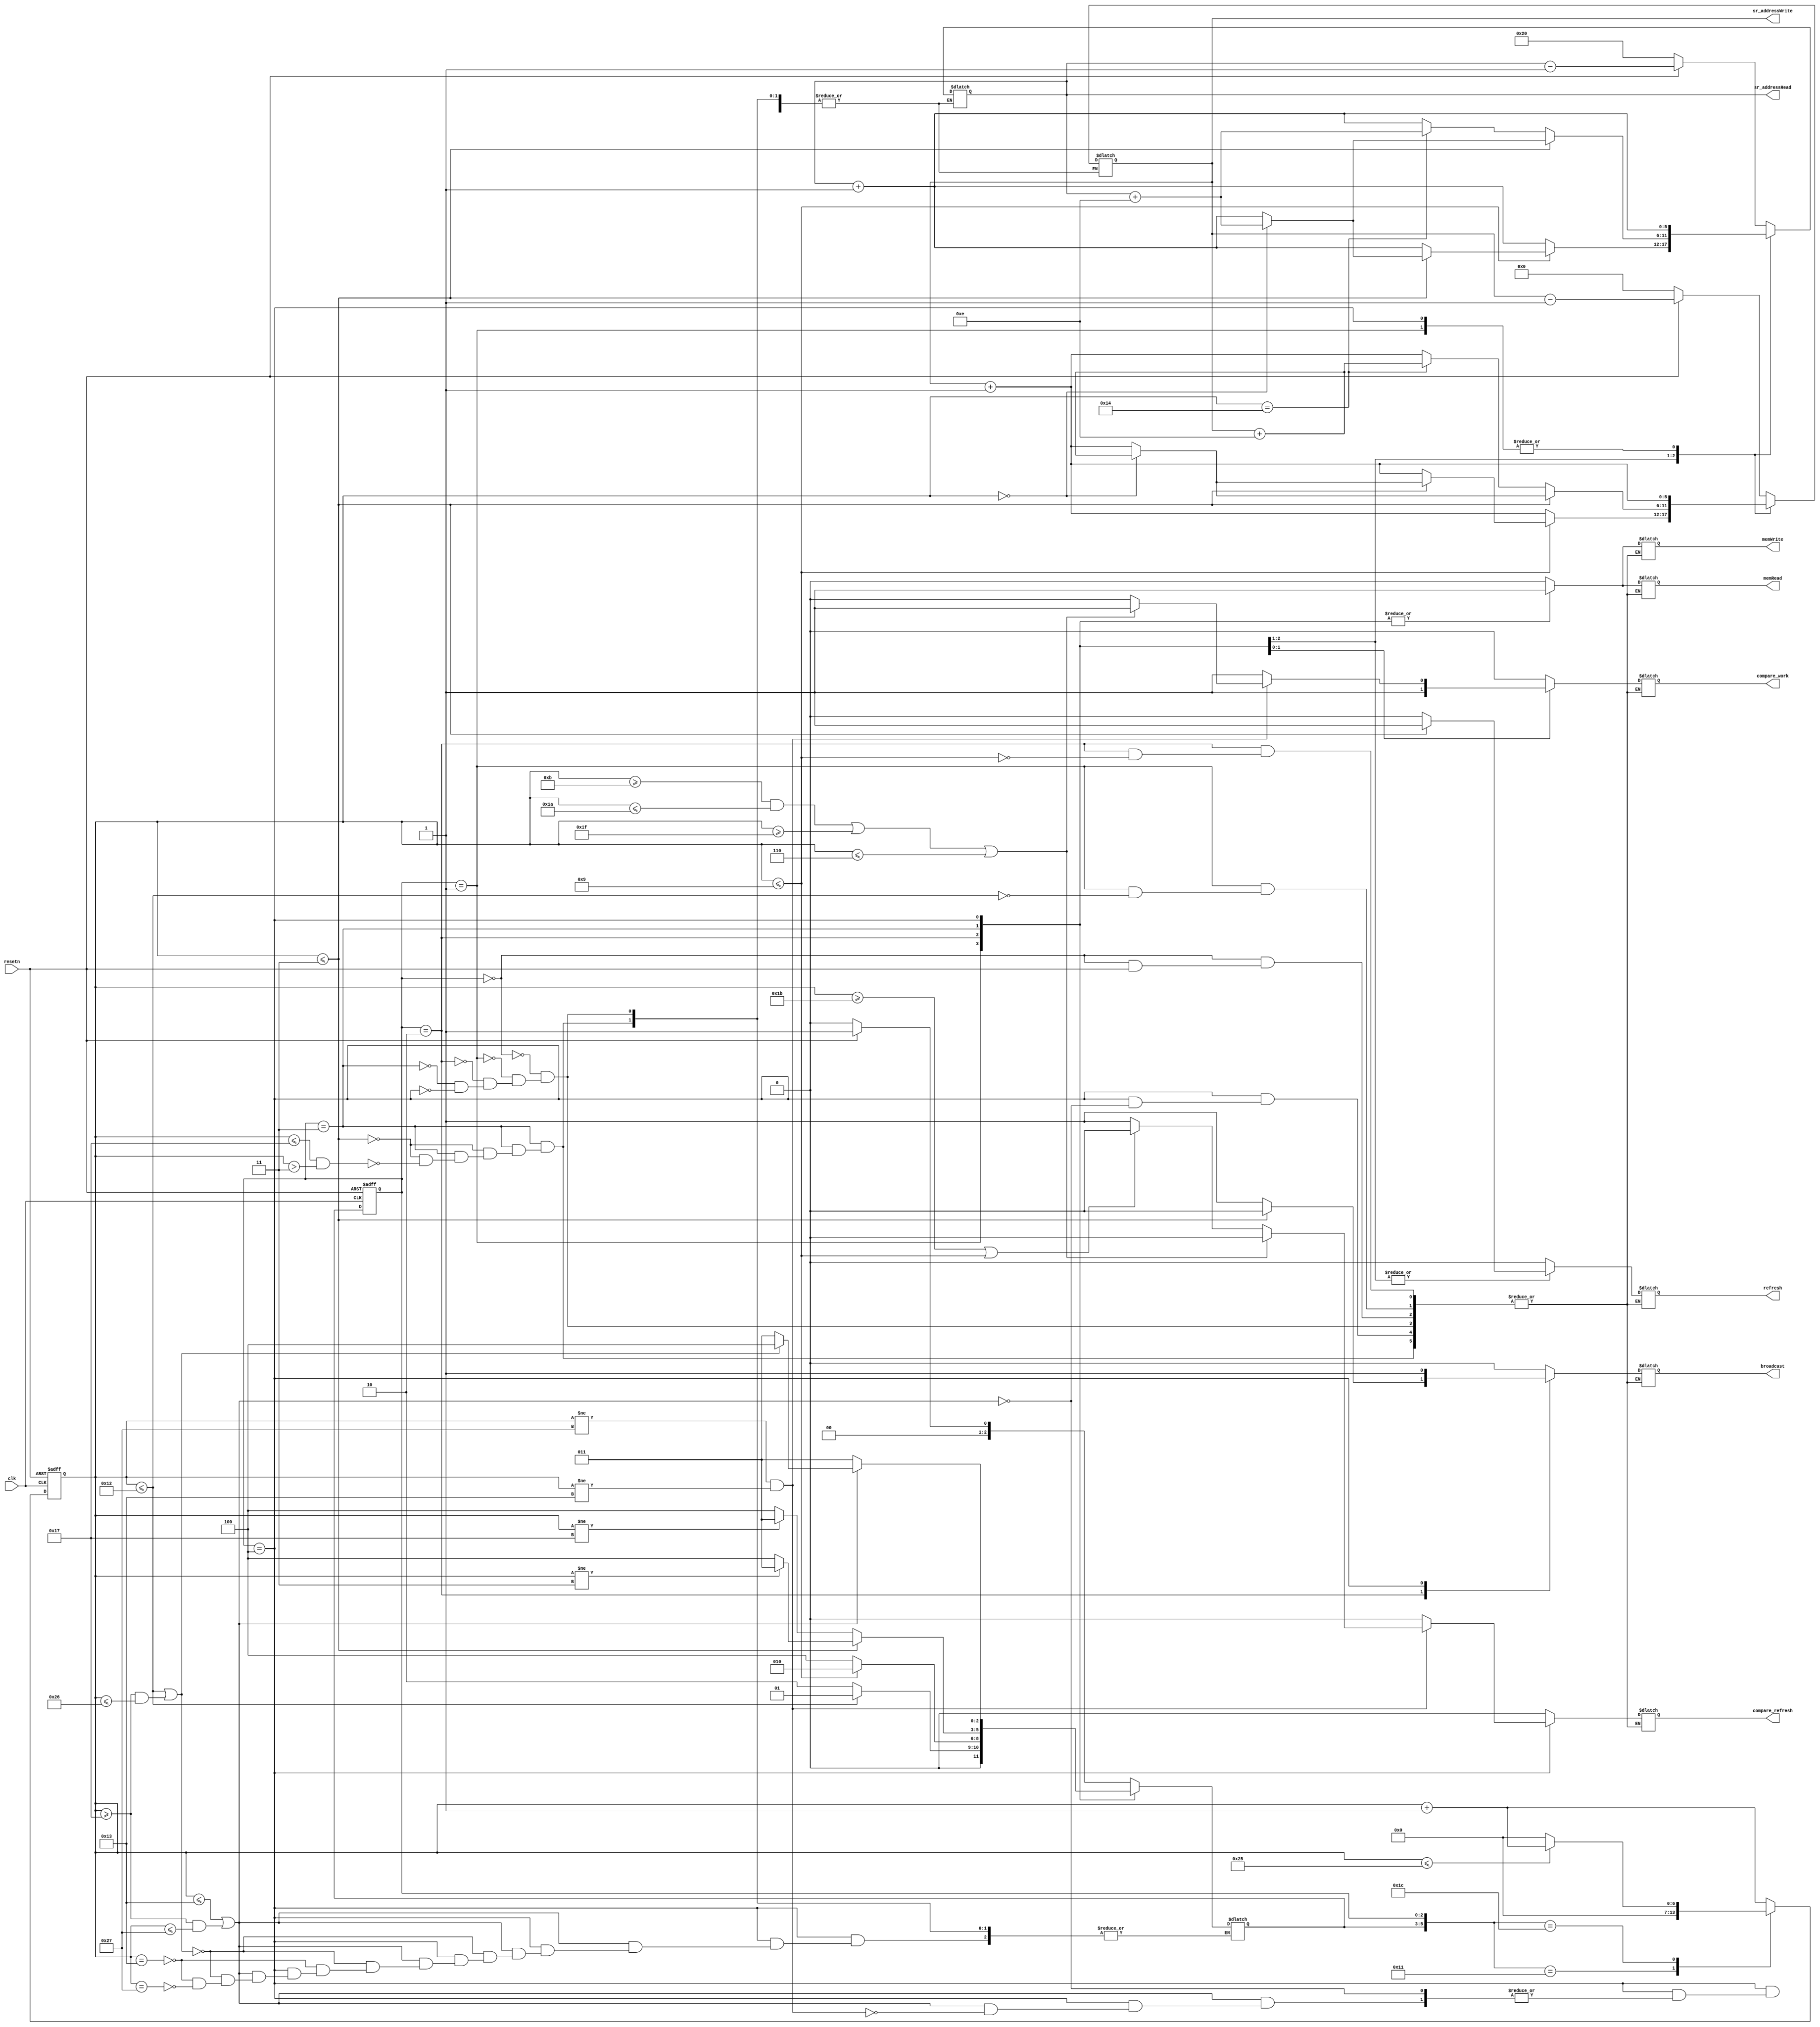
module CTR(resetn,clk,broadcast,memRead,memWrite,refresh,sr_addressRead,sr_addressWrite,compare_work,compare_refresh);
  input clk;
  input resetn;
  
  output broadcast;
  output compare_work;
  output compare_refresh;
  output memRead;
  output memWrite;
  output refresh;
  output [5:0]sr_addressRead;
  output [5:0]sr_addressWrite;
  
  reg broadcast;
  reg compare_work;
  reg compare_refresh;
  reg memRead;
  reg memWrite;
  reg refresh;
  reg [5:0]sr_addressRead;
  reg [5:0]sr_addressWrite;
  
  reg[6:0]counter;
  reg[2:0]state;
  reg[2:0]next_state;
 // reg flag;
  
  parameter S0 = 3'b000;
  parameter S1 = 3'b001;
  parameter S2 = 3'b010;
  parameter S3 = 3'b011;
  parameter S4 = 3'b100;
  
  always @(posedge clk or negedge resetn)
  begin
    if(!resetn)
      begin
        state <= 3'b000;
        counter <= -1;
      end
    else
      begin
        state <= next_state;
        case({next_state,state})
          6'b010001 : counter <= 0;
          6'b011100 : if (counter <=37)
                        counter <= counter + 1;
                      else
                        counter <= 0;
          default : counter <= counter + 1;
        endcase
         
      end
  end
  
  always @(counter or state)
  begin
    case(state)
      3'b000: if(!resetn)
                begin
                  broadcast = 1'b0;
                  compare_work = 1'b0;
                  memRead = 1'b0;
                  memWrite = 1'b0;
                  refresh = 1'b0;
                  compare_refresh = 1'b0;
                  sr_addressWrite = 6'b000000;
                  sr_addressRead = 6'b100000;
                  next_state = S0;
                 // flag = 1'b0;
                end
              else
                begin
                  next_state = S1;
                  sr_addressWrite = sr_addressWrite-1;
                  sr_addressRead = sr_addressRead-1;
                end
      3'b001: if(counter <= 18)
                begin
                  broadcast = 1'b0;
                  compare_work = 1'b0;
                  memRead = 1'b1;
                  memWrite = 1'b1;
                  refresh = 1'b0;
                  compare_refresh = 1'b0;
                  sr_addressWrite = sr_addressWrite+1;
                  sr_addressRead = sr_addressRead+1;
                  next_state = S1;
                end
              else
                begin
                  sr_addressWrite = sr_addressWrite+1;
                  sr_addressRead = sr_addressRead+1;
                  next_state = S2;
                end
      3'b010: if(counter <= 9)
                begin
                  if(counter <= 3)
                    begin
                      compare_work = 1'b0;
                      compare_refresh = 1'b0;
                      broadcast = 1'b0;
                      refresh = 1'b1;
                      memRead = 1'b1;
                      memWrite = 1'b1;
                      if(counter == 0)
                        begin
                          sr_addressWrite = sr_addressWrite+14;
                          sr_addressRead = sr_addressRead+14;
                        end
                      else
                        begin
                          sr_addressWrite = sr_addressWrite+1;
                          sr_addressRead = sr_addressRead+1;
                        end
                        
                    end
                  else
                    begin
                      broadcast = 1'b1;
                      refresh = 1'b0;
                      memRead = 1'b1;
                      memWrite = 1'b1;
                      compare_work = 1'b0;
                      compare_refresh = 1'b0;
                      sr_addressWrite = sr_addressWrite+1;
                      sr_addressRead = sr_addressRead+1;
                    end
                  next_state = S2;
                end
              else
                begin
                  sr_addressWrite = sr_addressWrite+1;
                  sr_addressRead = sr_addressRead+1;
                  //flag = 1'b1;
                  next_state = S4;
                end  
                
      3'b011: if(counter <= 3)
                begin
                  compare_work = 1'b1;
                  compare_refresh = 1'b0;
                  broadcast = 1'b0;
                  refresh = 1'b1;
                  memRead = 1'b1;
                  memWrite = 1'b1;
                  if(counter == 0)
                    begin
                      //sr_addressWrite = sr_addressWrite;
                      //sr_addressRead = sr_addressRead;
                      //memRead = 1'b0;
                      //memWrite = 1'b0;
                      sr_addressWrite = sr_addressWrite+14;
                      sr_addressRead = sr_addressRead+14;
                    end
                  else
                    begin
                      //sr_addressWrite = sr_addressWrite+1;
                      //sr_addressRead = sr_addressRead+1;
                      //memRead = 1'b1;
                      //memWrite = 1'b1;
                      sr_addressWrite = sr_addressWrite+1;
                      sr_addressRead = sr_addressRead+1;
                    end
                  if (counter != 3)
                    next_state = S3;
                  else
                    next_state = S4;
                end
              else if (counter <= 23 && counter > 3)
                begin
                  compare_work = 1'b1;
                  compare_refresh = 1'b0;
                  broadcast = 1'b0;
                  refresh = 1'b0;
                  memRead = 1'b1;
                  memWrite = 1'b1;
                  if(counter == 20)
                    begin
                      //sr_addressWrite = sr_addressWrite;
                      //sr_addressRead = sr_addressRead;
                      //memRead = 1'b0;
                      //memWrite = 1'b0;
                      sr_addressWrite = sr_addressWrite+14;
                      sr_addressRead = sr_addressRead+14;
                    end
                  else
                    begin
                      //sr_addressWrite = sr_addressWrite+1;
                      //sr_addressRead = sr_addressRead+1;
                      //memRead = 1'b1;
                      //memWrite = 1'b1;
                      sr_addressWrite = sr_addressWrite+1;
                      sr_addressRead = sr_addressRead+1;
                    end
                  if (counter != 23)
                    next_state = S3;
                  else
                    next_state = S4;
                end
      3'b100: if(counter <= 19 || (counter >= 23 && counter <= 39))
                begin
                  broadcast = 1'b1;
                  refresh = 1'b0;
                  if(counter != 39 && counter != 19)
                    begin
                   //if(flag)
                        //begin
                          /*if((counter>=9 && counter <= 29))
                            begin
                              compare_work = 1'b1;
                              compare_refresh = 1'b0;
                              //if(counter >= 13)
                                //flag = 0;
                            end
                          else
                            begin
                              compare_refresh = 1'b1;
                              compare_work = 1'b0;
                            end
                        end
                      else 
                        begin*/
                          if((counter>=11 && counter <= 26) || (counter >= 31)||(counter <= 6))
                            begin
                              compare_work = 1'b1;
                              compare_refresh = 1'b0;
                            end
                          else
                            begin
                              if(counter >= 27 ||(counter <= 9))
                                begin
                                  compare_work = 1'b0;
                                  compare_refresh = 1'b0;
                                end
                              else
                                begin
                                  compare_work = 1'b0;
                                  compare_refresh = 1'b1;
                                end
                                
                            end
                        
                      memRead = 1'b1;
                      memWrite = 1'b1;
                      sr_addressWrite = sr_addressWrite+1;
                      sr_addressRead = sr_addressRead+1;
                    end
                  else
                    begin
                      compare_work = 1'b1;
                      compare_refresh = 1'b0;
                      memRead = 1'b1;    //renewed
                      memWrite = 1'b1;
                      sr_addressWrite = sr_addressWrite;
                      sr_addressRead = sr_addressRead;
                    end
                  if(counter <= 18 || (counter >= 23 && counter <= 38))
                    next_state = S4;
                  else if(counter == 19)
                    next_state = S3;
                  else if(counter == 39)
                      next_state = S3;
              end
              
              else
                next_state = S3;
    endcase
  end
  
endmodule